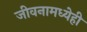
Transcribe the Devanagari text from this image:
जीवनामध्येही